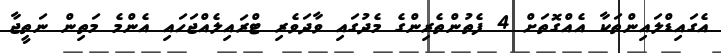
އެގައިޑްލައިންތަކާ އެއްގޮތަށް 4 ފެތުންތެރިންގެ މެދުގައި ވާދަވެރި ޓްރައިލެއްޖަހައި އެންމެ މަތިން ނަތީޖާ